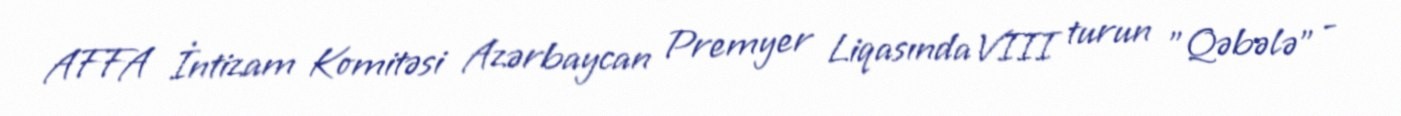
AFFA İntizam Komitəsi Azərbaycan Premyer Liqasında VIII turun "Qəbələ" -